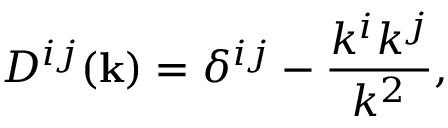
D ^ { i j } ( { \bf { k } } ) = \delta ^ { i j } - \frac { k ^ { i } k ^ { j } } { k ^ { 2 } } ,